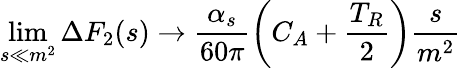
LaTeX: \operatorname*{lim}_{s\ll m^{2}}\Delta F_{2}(s)\to\frac{\alpha_{s}}{60\pi}\left(C_{A}+\frac{T_{R}}{2}\right)\frac{s}{m^{2}}